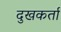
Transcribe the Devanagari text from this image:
दुखकर्ता